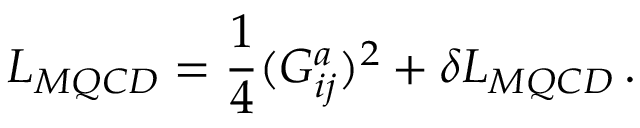
{ \cal L } _ { M Q C D } = { \frac { 1 } { 4 } } ( G _ { i j } ^ { a } ) ^ { 2 } + \delta { \cal L } _ { M Q C D } \, .